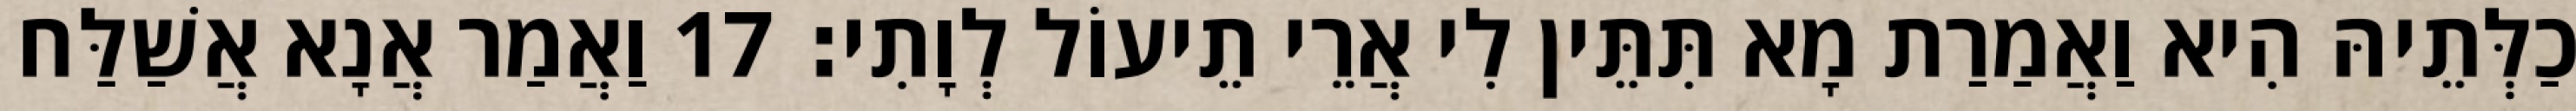
כַלְּתֵיהּ הִיא וַאֲמַרַת מָא תִּתֵּין לִי אֲרֵי תֵיעוֹל לְוָתִי׃ 17 וַאֲמַר אֲנָא אֲשַׁלַּח